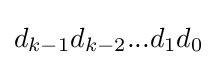
d_{k-1}d_{k-2}...d_{1}d_{0}